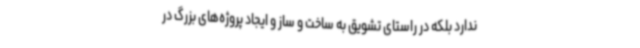
ندارد بلکه در راستای تشویق به ساخت و ساز و ایجاد پروژه‌های بزرگ در